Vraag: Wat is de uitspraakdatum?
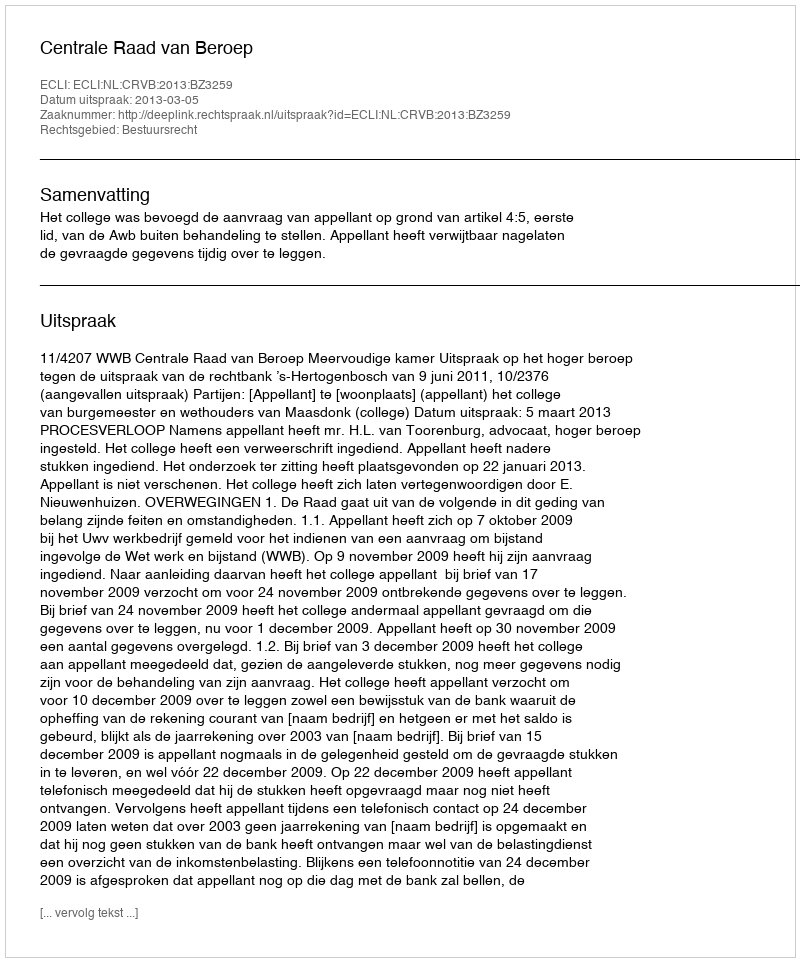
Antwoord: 2013-03-05